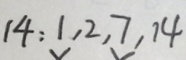
1 4 : 1 , 2 , 7 , 1 4